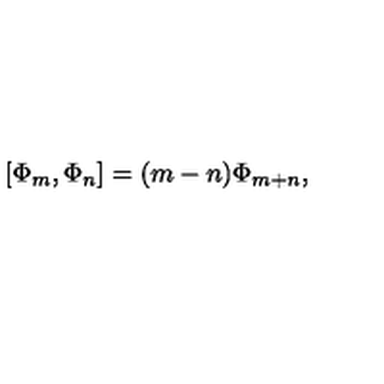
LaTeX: [ \Phi _ { m } , \Phi _ { n } ] = ( m - n ) \Phi _ { m + n } ,